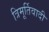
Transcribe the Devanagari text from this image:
त्रिमूर्तिवादी